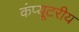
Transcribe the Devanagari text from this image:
कंप्यूटरीय